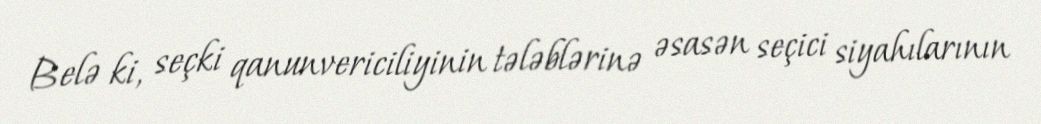
Belə ki, seçki qanunvericiliyinin tələblərinə əsasən seçici siyahılarının